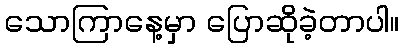
သောကြာနေ့မှာ ပြောဆိုခဲ့တာပါ။